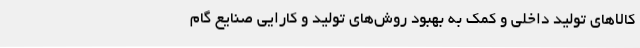
کالاهای تولید داخلی و کمک به بهبود روش‌های تولید و کارایی صنایع گام